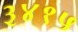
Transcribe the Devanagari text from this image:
३४१५